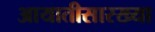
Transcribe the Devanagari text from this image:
आयातीसारख्या